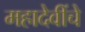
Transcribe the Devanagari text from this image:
महादेवींचे